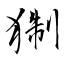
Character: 猘